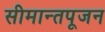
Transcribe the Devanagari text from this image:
सीमान्तपूजन